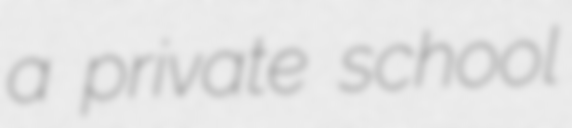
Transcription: a private school